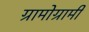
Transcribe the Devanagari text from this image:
ग्रामोग्रामी